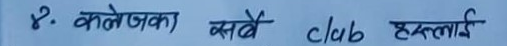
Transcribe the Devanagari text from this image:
१. कलेजका सबै club हरुलाई